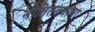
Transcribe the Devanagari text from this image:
नीतितत्त्वाला